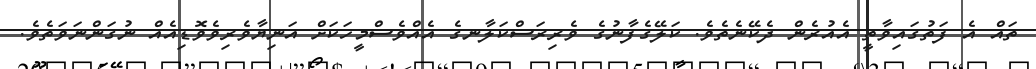
ތައް އެ ފަތުގައިވާތީ އެއުރެން ދެކޭނެތެވެ. ކަލޭގެފާނުގެ ވެރިރަސްކަލާނގެ އެއްވެސްމީހަކަށް އަނިޔާވެރިވެވޮޑިއެއް ނުގަންނަވަތެވެ.